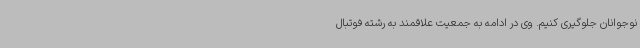
نوجوانان جلوگیری کنیم. وی در ادامه به جمعیت علاقمند به رشته فوتبال